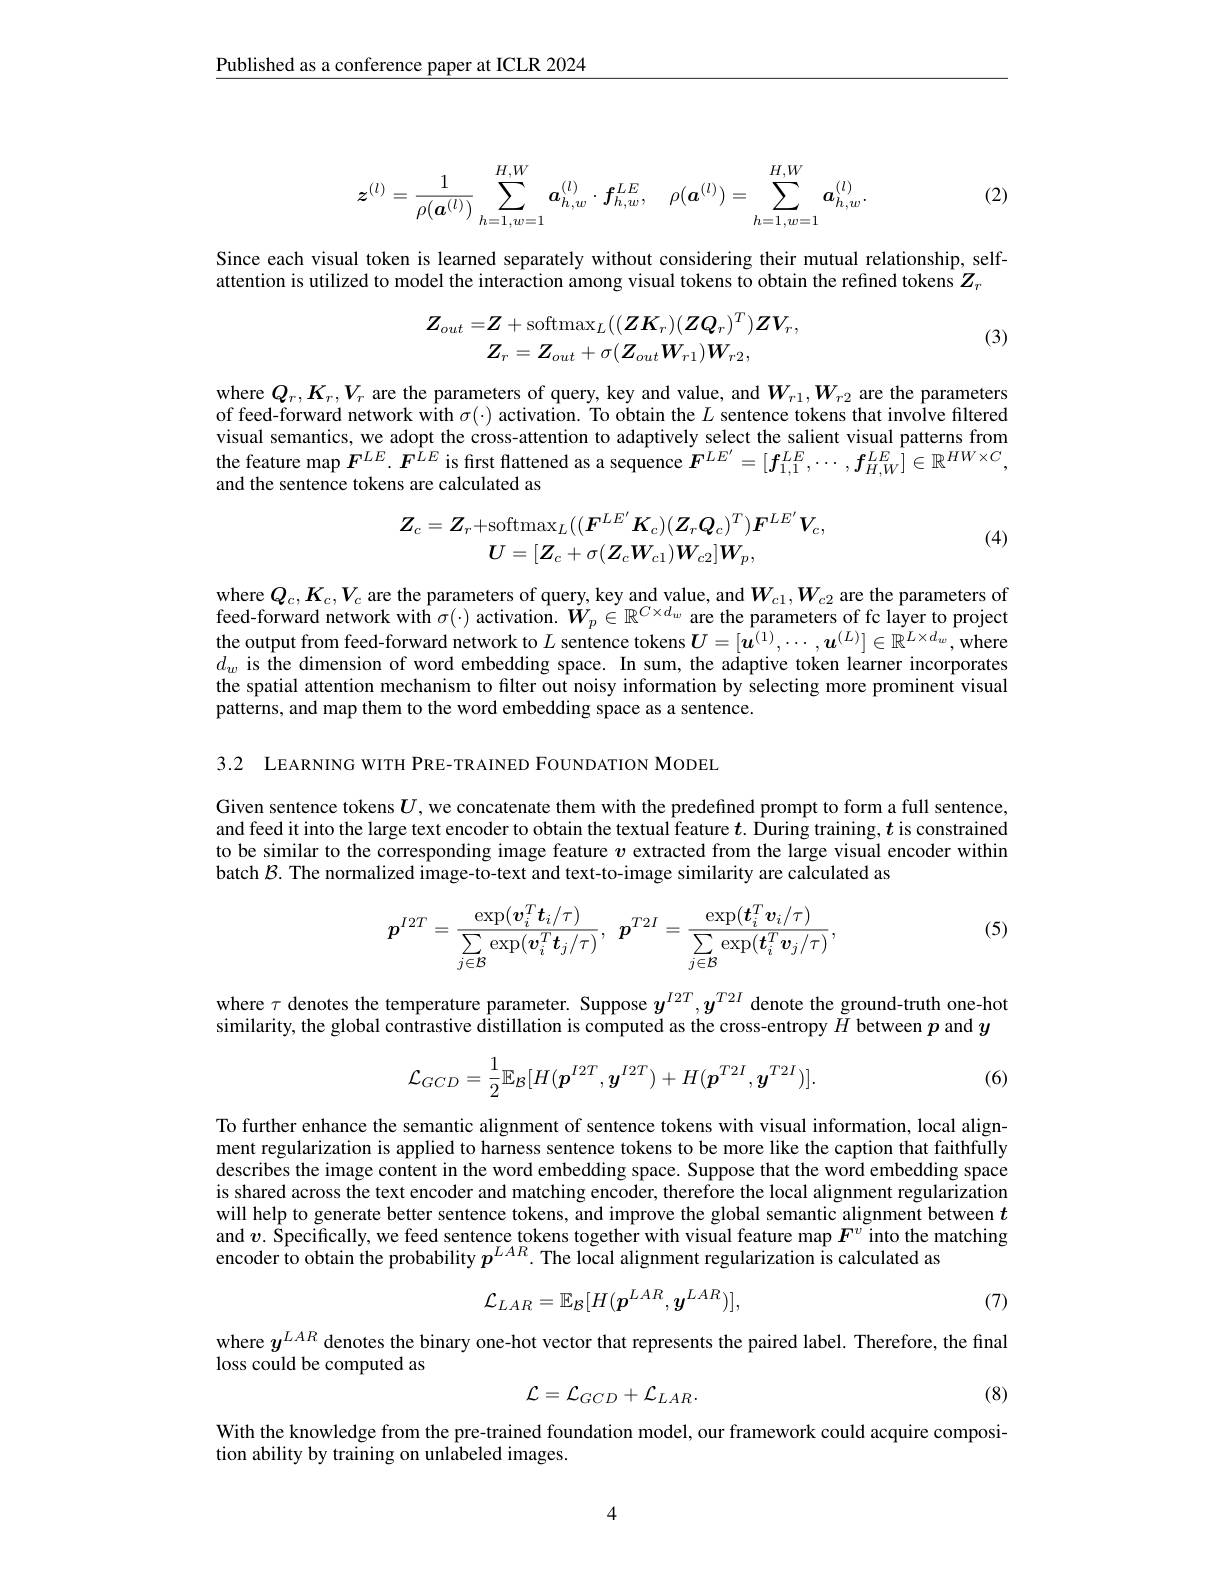
$\underline{\text{Published as a conference paper at ICLR 2024}}$

(2)
$$\boldsymbol{z}^{(l)}=\frac{1}{\rho(\boldsymbol{a}^{(l)})}\sum\limits_{h=1,w=1}^{H,W}\boldsymbol{a}_{h,w}^{(l)}\cdot\boldsymbol{f}_{h,w}^{LE},\quad\rho(\boldsymbol{a}^{(l)})=\sum\limits_{h=1,w=1}^{H,W}\boldsymbol{a}_{h,w}^{(l)}.$$
Since each visual token is learned separately without considering their mutual relationship, self-
attention is utilized to model the interaction among visual tokens to obtain the refined tokens $Z_r$

(3)
$$Z_{out}=Z+\mathrm{softmax}_{L}((ZK_{r})(ZQ_{r})^{T})ZV_{r},\\Z_{r}=Z_{out}+\sigma(Z_{out}W_{r1})W_{r2},$$
where $Q_{r},K_{r},V_{r}$ are the parameters of query, key and value, and $W_{r1},W_{r2}$ are the parameters of feed-forward network with $\sigma(\cdot)$ activation. To obtain the $L$ sentence tokens that involve filtered visual semantics, we adopt the cross-attention to adaptively select the salient visual patterns from the feature map $F^{LE}.F^{\hat{L}E}$ is first flattened as a sequence $F^{LE^{\prime}}=[f_{1,1}^{LE},\cdots,f_{H,W}^{LE}]\in\mathbb{R}^{HW\times C}$, and the sentence tokens are calculated as
$$Z_{c}=Z_{r}+\mathrm{softmax}_{L}((\boldsymbol{F}^{LE^{\prime}}\boldsymbol{K}_{c})(\boldsymbol{Z}_{r}\boldsymbol{Q}_{c})^{T})\boldsymbol{F}^{LE^{\prime}}\boldsymbol{V}_{c},\\U=[\boldsymbol{Z}_{c}+\sigma(\boldsymbol{Z}_{c}\boldsymbol{W}_{c1})\boldsymbol{W}_{c2}]\boldsymbol{W}_{p},$$
(4)

where $Q_c,K_c,V_c$ are the parameters of query, key and value, and $W_{c1},W_{c2}$ are the parameters of feed-forward network with $\sigma(\cdot)$ activation. $\tilde{W}_p\in\mathbb{R}^{C\times d_w}$ are the parameters of fc layer to project the output from feed-forward network to $L$ sentence tokens $\boldsymbol{U}=[\boldsymbol{u}^{(1)},\cdots,\boldsymbol{u}^{(L)}]\in\mathbb{R}^{L\times d_w}$,where $d_{w}$ is the dimension of word embedding space. In sum, the adaptive token learner incorporates the spatial attention mechanism to filter out noisy information by selecting more prominent visual patterns, and map them to the word embedding space as a sentence.

3.2 LEARNING WITH PRE-TRAINED FOUNDATION MODEL

Given sentence tokens $U$ , we concatenate them with the predefined prompt to form a full sentence and feed it into the large text encoder to obtain the textual feature $t$. During training, $t$ is constrained to be similar to the corresponding image feature $v$ extracted from the large visual encoder within batch $\mathcal{B}.$ The normalized image-to-text and text-to-image similarity are calculated as

(5)
$$\boldsymbol{p}^{I2T}=\frac{\exp(\boldsymbol{v}_i^T\boldsymbol{t}_i/\tau)}{\sum\limits_{j\in\mathcal{B}}\exp(\boldsymbol{v}_i^T\boldsymbol{t}_j/\tau)},\:\boldsymbol{p}^{T2I}=\frac{\exp(\boldsymbol{t}_i^T\boldsymbol{v}_i/\tau)}{\sum\limits_{j\in\mathcal{B}}\exp(\boldsymbol{t}_i^T\boldsymbol{v}_j/\tau)},$$
where $\tau$ denotes the temperature parameter. Suppose $y^{I2T},y^{T2I}$ denote the ground-truth one-hot
similarity, the global contrastive distillation is computed as the cross-entropy $H$ between $p$ and $y$
$$\mathcal{L}_{GCD}=\frac{1}{2}\mathbb{E}_{\mathcal{B}}[H(\boldsymbol{p}^{I2T},\boldsymbol{y}^{I2T})+H(\boldsymbol{p}^{T2I},\boldsymbol{y}^{T2I})].$$
(6)

To further enhance the semantic alignment of sentence tokens with visual information, local alignment regularization is applied to harness sentence tokens to be more like the caption that faithfully describes the image content in the word embedding space. Suppose that the word embedding space is shared across the text encoder and matching encoder, therefore the local alignment regularization will help to generate better sentence tokens, and improve the global semantic alignment between $t$ and $v.$ Specifically, we feed sentence tokens together with visual feature map $F^{v}$ into the matching encoder to obtain the probability $p^{LAR}$. The local alignment regularization is calculated as
$$\mathcal{L}_{LAR}=\mathbb{E}_{\mathcal{B}}[H(p^{LAR},y^{LAR})],$$
(7)

where $y^{LAR}$ denotes the binary one-hot vector that represents the paired label. Therefore, the final
loss could be computed as
$$\mathcal{L}=\mathcal{L}_{GCD}+\mathcal{L}_{LAR}.$$
(8)

With the knowledge from the pre-trained foundation model, our framework could acquire composi-
tion ability by training on unlabeled images.

4